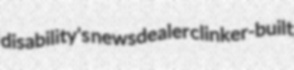
disability's newsdealer clinker-built